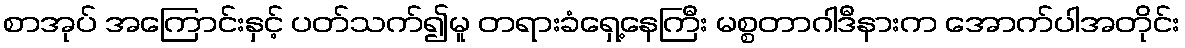
စာအုပ် အကြောင်းနှင့် ပတ်သက်၍မူ တရားခံရှေ့နေကြီး မစ္စတာဂါဒီနားက အောက်ပါအတိုင်း